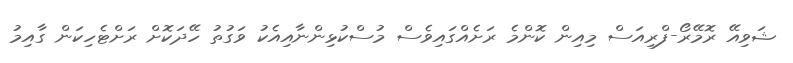
ޝަވިއޭ ރޮމޭރޯ-ފްރިއަސް މިއިން ކޮންމެ ރަށެއްގައިވެސް މުސްކުޅިންނާއިއެކު ވަގުތު ހޭދަކޮށް ރަށްޓެހިކަން ގާއިމު